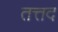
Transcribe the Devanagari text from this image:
तत्तद